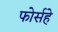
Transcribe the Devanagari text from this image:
फोर्सहे